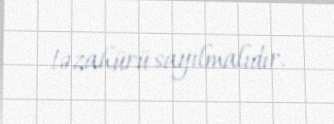
təzahürü sayılmalıdır.